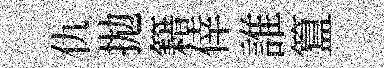
仇拋籍倖誰簋